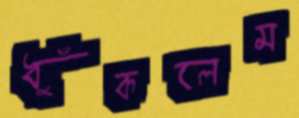
ধুঁকলেম